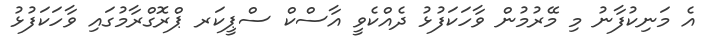
އެ މަނިކުފާނު މި މޭރުމުން ވާހަކަފުޅު ދެއްކެވީ އާސްކް ސްޕީކަރ ޕްރޮގްރާމުގައި ވާހަކަފުޅު